Report of the King Institute of Preventive Medicine, Guindy
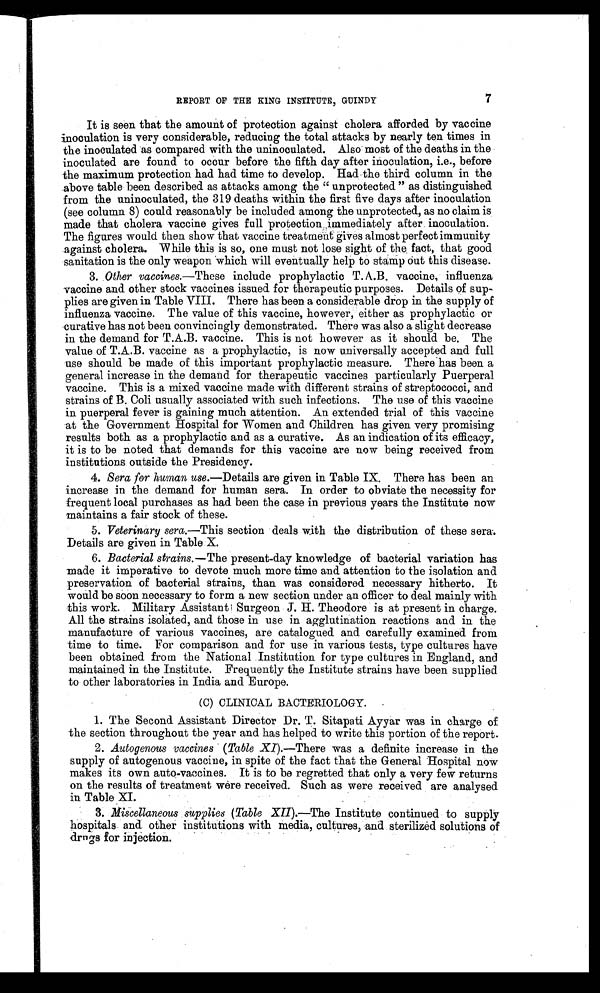
REPORT OF THE KING INSTITUTE, GUINDY
7
It is seen that the amount of protection against cholera afforded by vaccine
inoculation is very considerable, reducing the total attacks by nearly ten times in
the inoculated as compared with the uninoculated. Also most of the deaths in the
inoculated are found to occur before the fifth day after inoculation, i.e., before
the maximum protection had had time to develop. Had the third column in the
above table been described as attacks among the “ unprotected ” as distinguished
from the uninoculated, the 319 deaths within the first five days after inoculation
(see column 8) could reasonably be included among the unprotected, as no claim is
made that cholera vaccine gives full protection immediately after inoculation.
The figures would then show that vaccine treatment gives almost perfect immunity
against cholera. While this is so, one must not lose sight of the fact, that good
sanitation is the only weapon which will eventually help to stamp Out this disease.
3. Other vaccines.— These include prophylactic T.A.B. vaccine, influenza
vaccine and other stock vaccines issued for therapeutic purposes. Details of sup-
plies are given in Table VIII. There has been a considerable drop in the supply of
influenza vaccine. The value of this vaccine, however, either as prophylactic or
curative has not been convincingly demonstrated. There was also a slight decrease
in the demand for T.A.B. vaccine. This is not however as it should be. The
value of T.A.B. vaccine as a prophylactic, is now universally accepted and full
use should be made of this important prophylactic measure. There has been a
general increase in the demand for therapeutic vaccines particularly Puerperal
vaccine. This is a mixed vaccine made with different strains of streptococci, and
strains of B. Coli usually associated with such infections. The use of this vaccine
in puerperal fever is gaining much attention. An extended trial of this vaccine
at the Government Hospital for Women and Children has given very promising
results both as a prophylactic and as a curative. As an indication of its efficacy,
it is to be noted that demands for this vaccine are now being received from
institutions outside the Presidency.
4. Sera for human use .—Details are given in Table IX. There has been an
increase in the demand for human sera. In order to obviate the necessity for
frequent local purchases as had been the case in previous years the Institute now
maintains a fair stock of these.
5. Veterinary sera.—This section deals with the distribution of these sera.
Details are given in Table X.
6. Bacterial strains.—The present-day knowledge of bacterial variation has
made it imperative to devote much more time and attention to the isolation and
preservation of bacterial strains, than was considered necessary hitherto. It
would be soon necessary to form a new section under an officer to deal mainly with
this work. Military Assistant Surgeon J.H. Theodore is at present in charge.
All the strains isolated, and those in use in agglutination reactions and in the
manufacture of various vaccines, are catalogued and carefully examined from
time to time. For comparison and for use in various tests, type cultures have
been obtained from the National Institution for type cultures in England, and
maintained in the Institute. Frequently the Institute strains have been supplied
to other laboratories in India and Europe.
(C) CLINICAL BACTERIOLOGY.
1. The Second Assistant Director Dr. T. Sitapati Ayyar was in charge of
the section throughout the year and has helped to write this portion of the report.
2. Autogenous vaccines (Table XI). —There was a definite increase in the
supply of autogenous vaccine, in spite of the fact that the General Hospital now
makes its own auto-vaccines. It is to be regretted that only a very few returns
on the results of treatment were received. Such as were received are analysed
in Table XI.
3. Miscellaneous supplies (Table XII).
—The Institute continued to supply
hospitals and other institutions with media, cultures, and sterilized solutions of
drngs for injection.